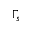
\Gamma _ { s }